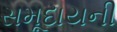
સમૂદાયની